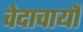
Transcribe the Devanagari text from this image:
वेदाचार्यों